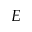
E